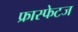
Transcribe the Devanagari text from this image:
फ्रास्फेटज